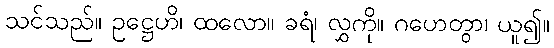
သင်သည်။ ဥဋ္ဌေဟိ၊ ထလော။ ခရံ၊ လွှကို။ ဂဟေတွာ၊ ယူ၍။